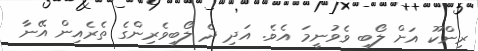
ރިންކޫ އަށް ލޯބި ވެވުނީމަ އެވެ. އަދި ދެ ލޯބިވެރިންގެ ތެރެއިން އޭނާ